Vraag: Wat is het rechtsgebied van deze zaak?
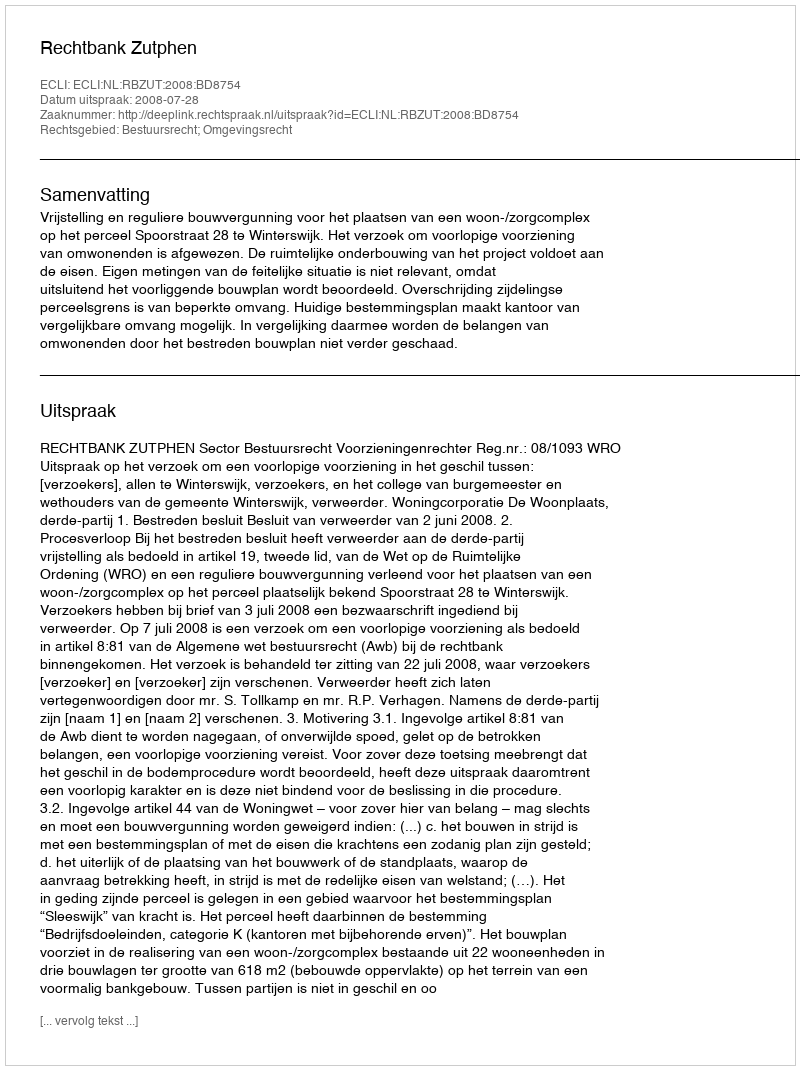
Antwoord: Bestuursrecht; Omgevingsrecht